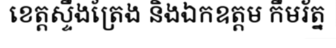
ខេត្តស្ទឹងត្រែង និងឯកឧត្តម កឹមរ័ត្ន